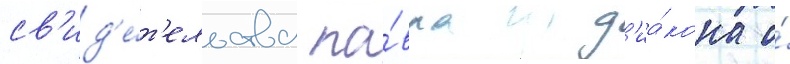
св'ид'е́т'ельства па́вла д'иа́кона о́